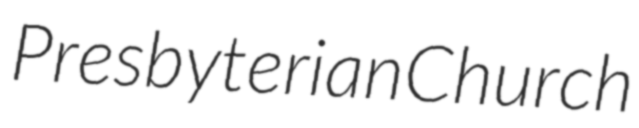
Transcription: Presbyterian Church